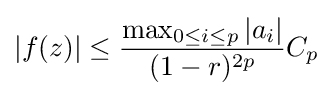
|f(z)|\leq {\frac {\max _{0\leq i\leq p}|a_{i}|}{(1-r)^{2p}}}C_{p}